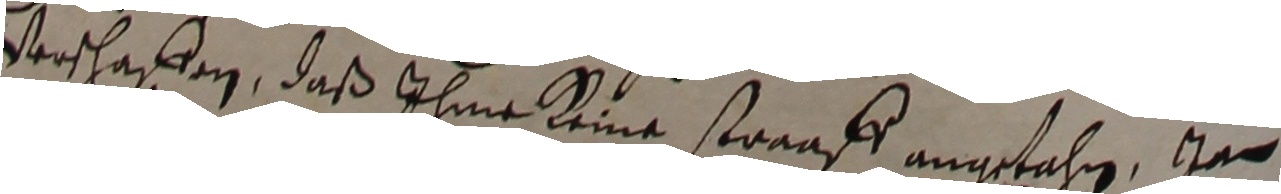
verschaffen, daß ihme keine straaff angefahn, uad